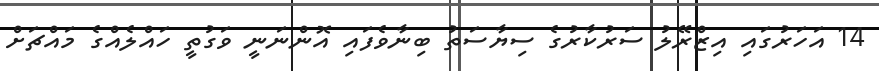
14 އަހަރުގައި އިޒްރޭލު ސަރުކާރުގެ ސިޔާސަތު ބިނާވެފައި އޮންނަނީ ވަގުތީ ހައްލެއްގެ މައްޗަށް